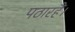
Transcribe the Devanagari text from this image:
पठारहैं।